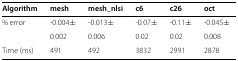
| Algorithm | mesh | mesh_nlsi | c6 | c26 | oct |
 | --- | --- | --- | --- | --- | --- |
 | % error | -0.004 ± | -0.013 ± | -0.07 ± | -0.11 ± | -0.045 ± |
 |  | 0.002 | 0.006 | 0.02 | 0.02 | 0.008 |
 | Time (ms) | 491 | 492 | 3832 | 2991 | 2878 |